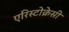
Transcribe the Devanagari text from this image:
एरिस्टोक्रेसी